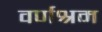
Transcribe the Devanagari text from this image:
वर्णश्रम